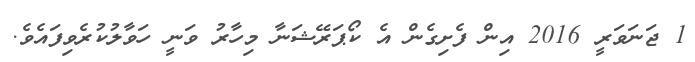
1 ޖަނަވަރީ 2016 އިން ފެށިގެން އެ ކޯޕަރޭޝަނާ މިހާރު ވަނީ ހަވާލުކުރެވިފައެވެ.